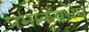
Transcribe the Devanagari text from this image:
प्रभाकवर्धन